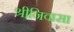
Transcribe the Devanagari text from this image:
श्रीनिवासा